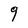
Character: g